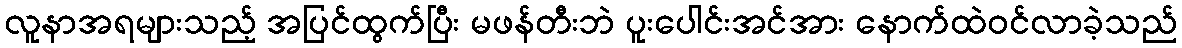
လူနာအရများသည့် အပြင်ထွက်ပြီး မဖန်တီးဘဲ ပူးပေါင်းအင်အား နောက်ထဲဝင်လာခဲ့သည်